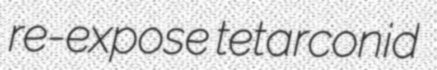
re-expose tetarconid